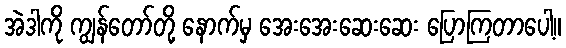
အဲဒါကို ကျွန်တော်တို့ နောက်မှ အေးအေးဆေးဆေး ပြောကြတာပေါ့။